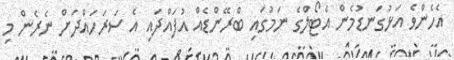
އެހެންވެ އަޅުގަނޑުމެން އެޓޯލްގެ ނަމުގައި ބްރޭންޑެއް އުފައްދައި އެ ސަރަހައްދަށް ނެރެން މި